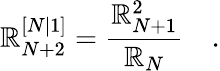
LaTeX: \mathbb{R}_{N+2}^{[N\vert1]}=\frac{{\mathbb{R}_{N+1}^{2}}}{{\mathbb{R}_{N}}}\quad.